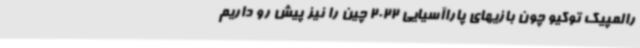
رالمپیک توکیو چون بازیهای پاراآسیایی 2022 چین را نیز پیش رو داریم